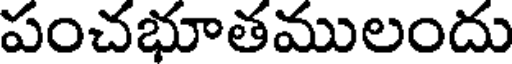
పంచభూతములందు